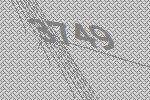
3749